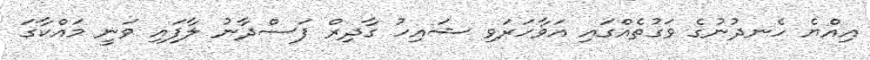
އިއްޔެ ހެނދުނުގެ ވަގުތެއްގައި އަވާހަރަވި ޝައިހު ގާދިރް ފަސްދާނު ލާފައި ވަނީ މައްކާގަ